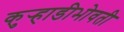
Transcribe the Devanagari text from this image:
कुर्‍हाडीभोवती